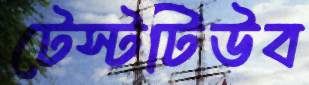
টেস্টটিউব